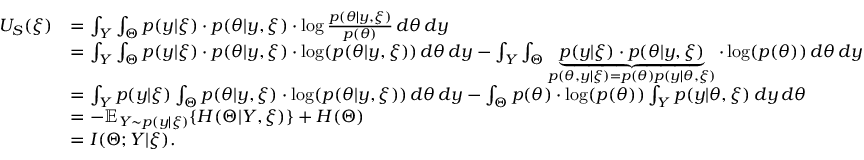
\begin{array} { r l } { U _ { S } ( \xi ) } & { = \int _ { Y } \int _ { \Theta } p ( y | \xi ) \cdot p ( \theta | y , \xi ) \cdot \log \frac { p ( \theta | y , \xi ) } { p ( \theta ) } \, d \theta \, d y } \\ & { = \int _ { Y } \int _ { \Theta } p ( y | \xi ) \cdot p ( \theta | y , \xi ) \cdot \log ( p ( \theta | y , \xi ) ) \, d \theta \, d y - \int _ { Y } \int _ { \Theta } \underbrace { p ( y | \xi ) \cdot p ( \theta | y , \xi ) } _ { { p ( \theta , y | \xi ) = p ( \theta ) p ( y | \theta , \xi ) } } \cdot \log ( p ( \theta ) ) \, d \theta \, d y } \\ & { = \int _ { Y } p ( y | \xi ) \int _ { \Theta } p ( \theta | y , \xi ) \cdot \log ( p ( \theta | y , \xi ) ) \, d \theta \, d y - \int _ { \Theta } p ( \theta ) \cdot \log ( p ( \theta ) ) \int _ { Y } p ( y | \theta , \xi ) \, d y \, d \theta } \\ & { = - \mathbb { E } _ { Y \sim p ( y | \xi ) } \{ H ( \Theta | Y , \xi ) \} + H ( \Theta ) } \\ & { = I ( \Theta ; Y | \xi ) . } \end{array}